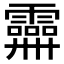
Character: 𩆕